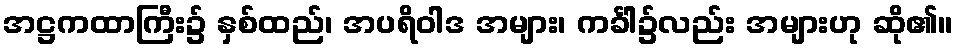
အဋ္ဌကထာကြီး၌ နှစ်ထည်၊ အပရိဝါဒ အများ၊ ကင်္ခါ၌လည်း အများဟု ဆို၏။